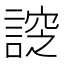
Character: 𧩰